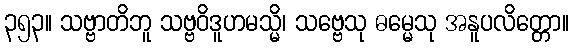
၃၅၃။ သဗ္ဗာတိဘူ သဗ္ဗဝိဒူဟမသ္မိ၊ သဗ္ဗေသု ဓမ္မေသု အနူပလိတ္တော။